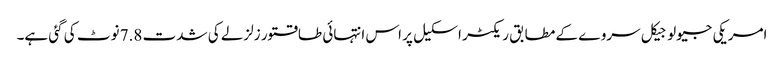
امریکی جیولوجیکل سروے کے مطابق ریکٹر اسکیل پر اس انتہائی طاقتور زلزلے کی شدت 7.8 نوٹ کی گئی ہے۔